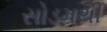
સોડમથી